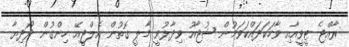
ރާއްޖެ ޓީވީއާއި ވާހަކަދައްކަވަމުން ޝުޖާއު ވިދާޅުވީ މާލީ ގޮތުން އެލްޖީއޭ ހިންގުން ދޯދިޔާ